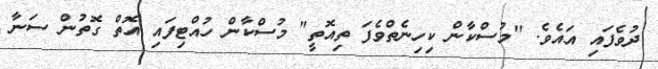
ދުވެފައި އައެވެ. "މުސްކާން ކިހިނެތްވެފަ ތިއޮތީ" މުސްކާން ހުއްޓިފައި އޮތް ގޮތުން ސަނާ